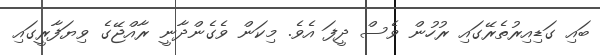
ބައި ގަޑިއިރުތެރޭގައި ރުހުން ވެސް ދީފަ އެވެ. މިކަން ވެގެންދާނީ ރާއްޖޭގެ ވިޔަފާރީގައި